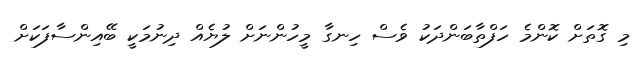
މި ގޮތަށް ކޮންމެ ހަފްތާބަންދަކު ވެސް ހިނގާ މީހުންނަށް ލުޔެއް ދިނުމަކީ ބޭއިންސާފަކަށް